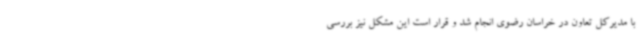
با مدیرکل تعاون در خراسان رضوی انجام شد و قرار است این مشکل نیز بررسی